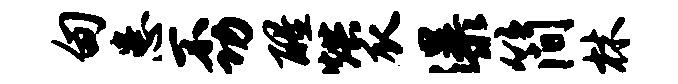
甸患不功醒烘瓜瀑简林